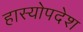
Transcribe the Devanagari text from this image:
हास्योपदेश